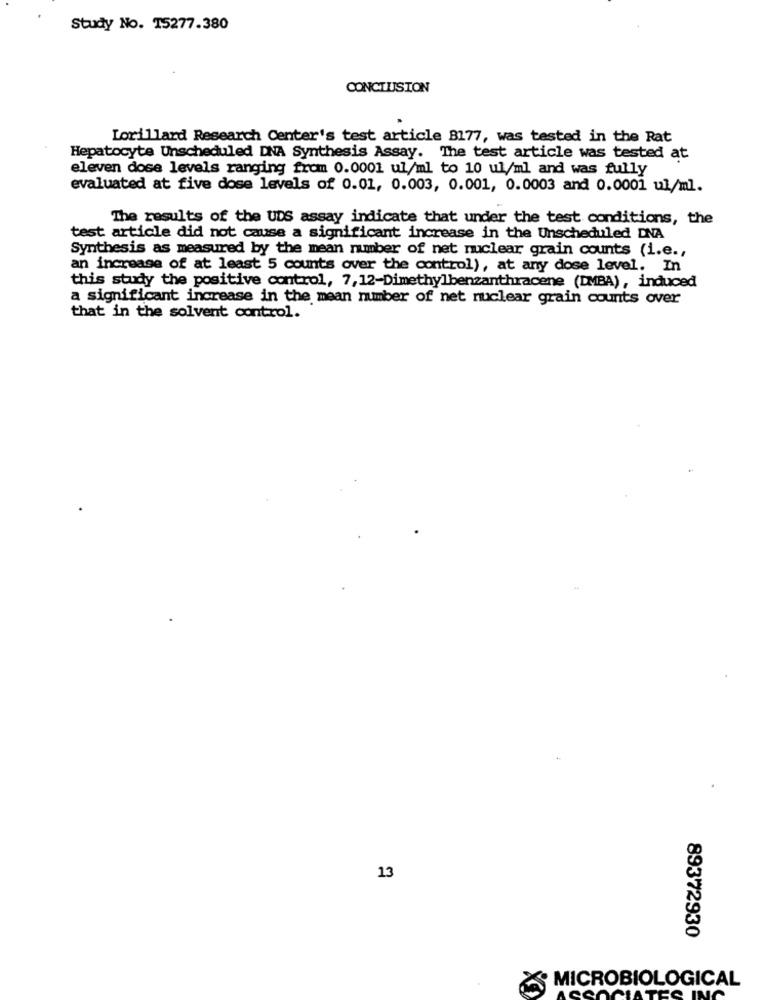
Study No. 15277.380
CONCLUSION
Lorillard Research Center's test article B177, was tested in the Rat
Hepatocyte Unscheduled DNA Synthesis Assay. The test article was tested at
eleven dose levels ranging from 0.0001 ul/ml to 10 ul/ml and was fully
evaluated at five dose levels of 0.01, 0.003, 0.001, 0.0003 and 0.0001 ul/ml.
The results of the UDS assay indicate that under the test conditions, the
test article did not cause a significant increase in the Unscheduled DNA
Synthesis as measured by the mean number of net nuclear grain counts (i.e .,
an increase of at least 5 counts over the control), at any dose level. In
this study the positive control, 7,12-Dimethylbenzanthracene (DMBA), induced
a significant increase in the mean number of net nuclear grain counts over
that in the solvent control.
13
89372930
MICROBIOLOGICAL